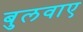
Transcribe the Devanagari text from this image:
बुलवाए